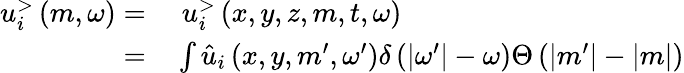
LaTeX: \begin{array}{rl}{u_{i}^{>}\left(m,\omega\right)=}&{{}\; u_{i}^{>}\left(x,y,z,m,t,\omega\right)}\\ {=}&{{}\int\hat{u}_{i}\left(x,y,m^{\prime},\omega^{\prime}\right)\delta\left(|\omega^{\prime}|-\omega\right)\Theta\left(|m^{\prime}|-|m|\right)}\end{array}